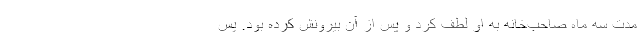
مدت سه ماه صاحب‌خانه به او لطف کرد و پس از آن بیرونش کرده بود. پس